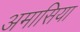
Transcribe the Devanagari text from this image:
अमासिया